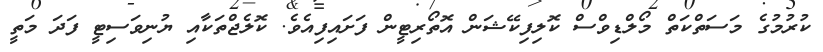
ކުރުމުގެ މަސަތްކަތް މޯލްޑިވްސް ކޮލިފިކޭޝަން އޮތޯރިޓީން ފަށައިފިއެވެ. ކޮލެޖްތަކާއި ޔުނިވަސިޓީ ފަދަ މަތީ